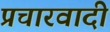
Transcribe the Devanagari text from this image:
प्रचारवादी